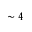
\sim 4